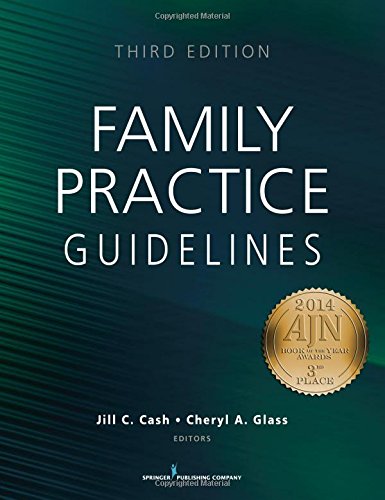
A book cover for Family Practice Guidelines, Third Edition; Medical Books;